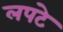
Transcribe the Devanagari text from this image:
लपटे